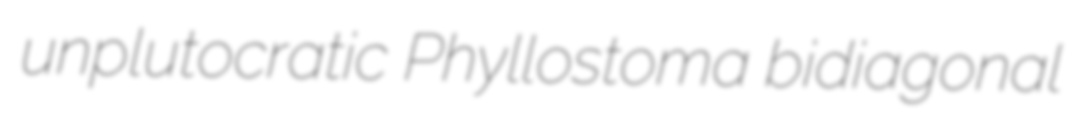
unplutocratic Phyllostoma bidiagonal